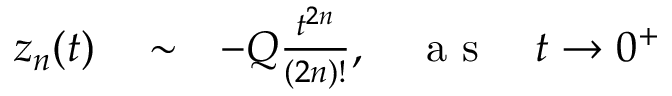
\begin{array} { r l r } { z _ { n } ( t ) } & { { } \sim } & { - Q \frac { t ^ { 2 n } } { ( 2 n ) ! } , \quad \mathrm { ~ a ~ s ~ } \quad t \rightarrow 0 ^ { + } } \end{array}